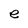
Character: e